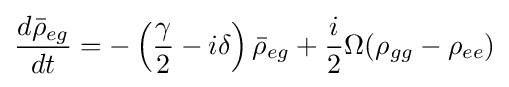
{\frac {d{\bar {\rho }}_{eg}}{dt}}=-\left({\frac {\gamma }{2}}-i\delta \right){\bar {\rho }}_{eg}+{\frac {i}{2}}\Omega (\rho _{gg}-\rho _{ee})